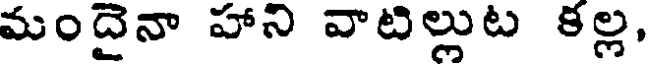
మందైనా హాని వాటిల్లుట కల్ల,